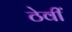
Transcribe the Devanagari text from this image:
ठेवीं